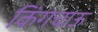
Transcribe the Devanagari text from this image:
किंगचाऊ